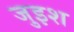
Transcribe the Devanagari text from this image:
जुइश